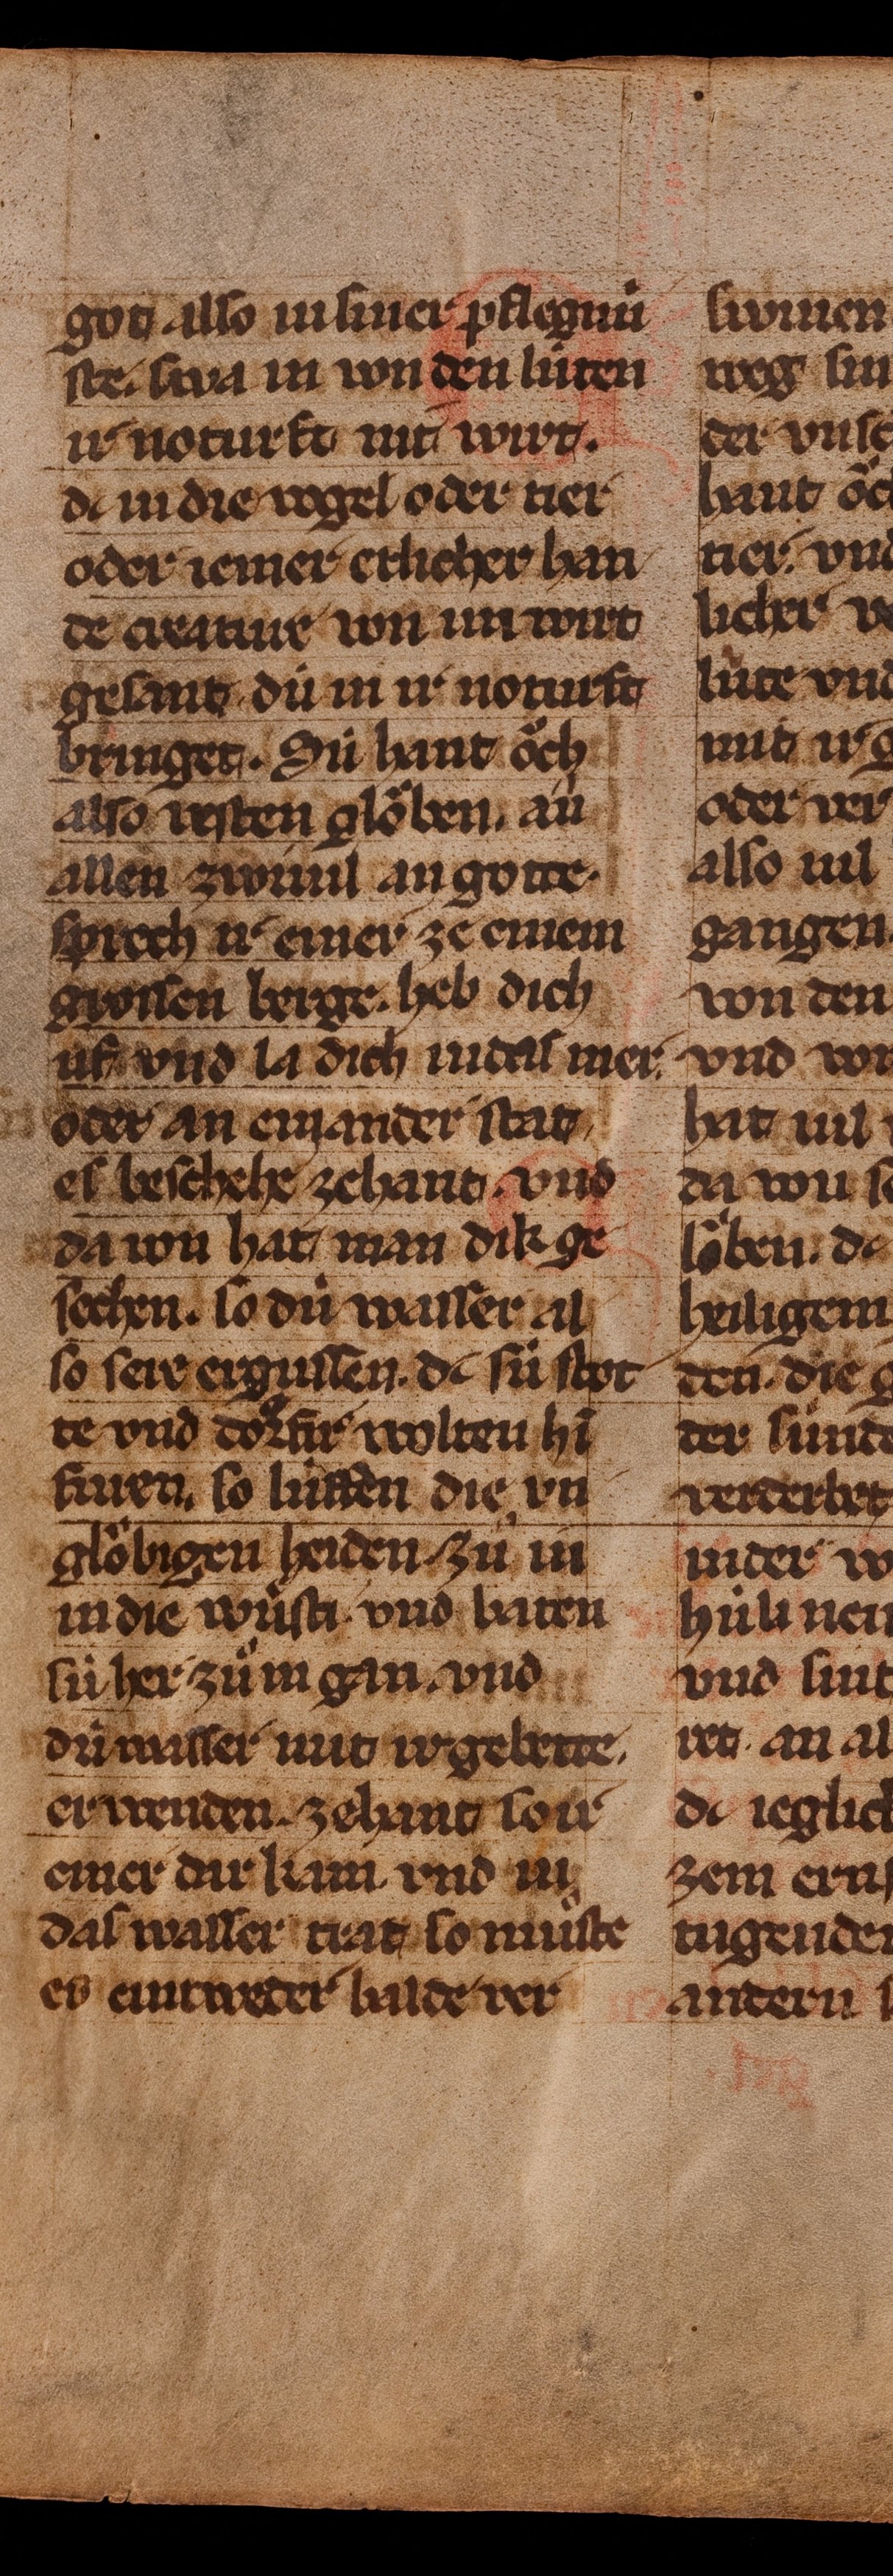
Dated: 1350–1374